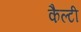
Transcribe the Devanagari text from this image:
कैल्टी